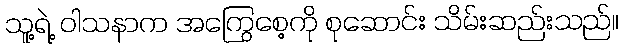
သူ့ရဲ့ ဝါသနာက အကြွေစေ့ကို စုဆောင်း သိမ်းဆည်းသည်။